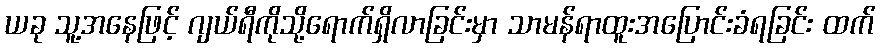
ယခု သူ့အနေဖြင့် ဂျယ်ရီကိုသို့ရောက်ရှိလာခြင်းမှာ သာမန်ရာထူးအပြောင်းခံရခြင်း ထက်